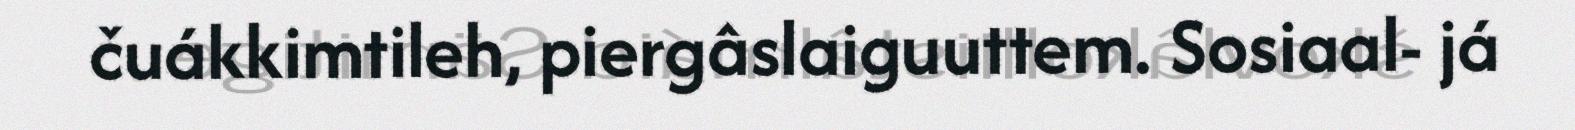
čuákkimtileh, piergâslaiguuttem. Sosiaal- já